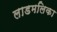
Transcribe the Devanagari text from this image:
लाडमलिका